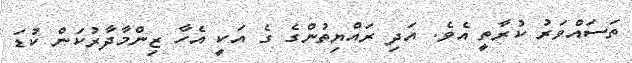
ތަސައްވަރު ކުރާތީ އެވެ. އަދި ރައްޔިތުންގެ ގެ އަކީ އެހާ ޒިންމާދާރުކަން ކުޑަ